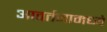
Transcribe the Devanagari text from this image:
आवर्तनामध्ये